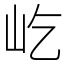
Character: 屹